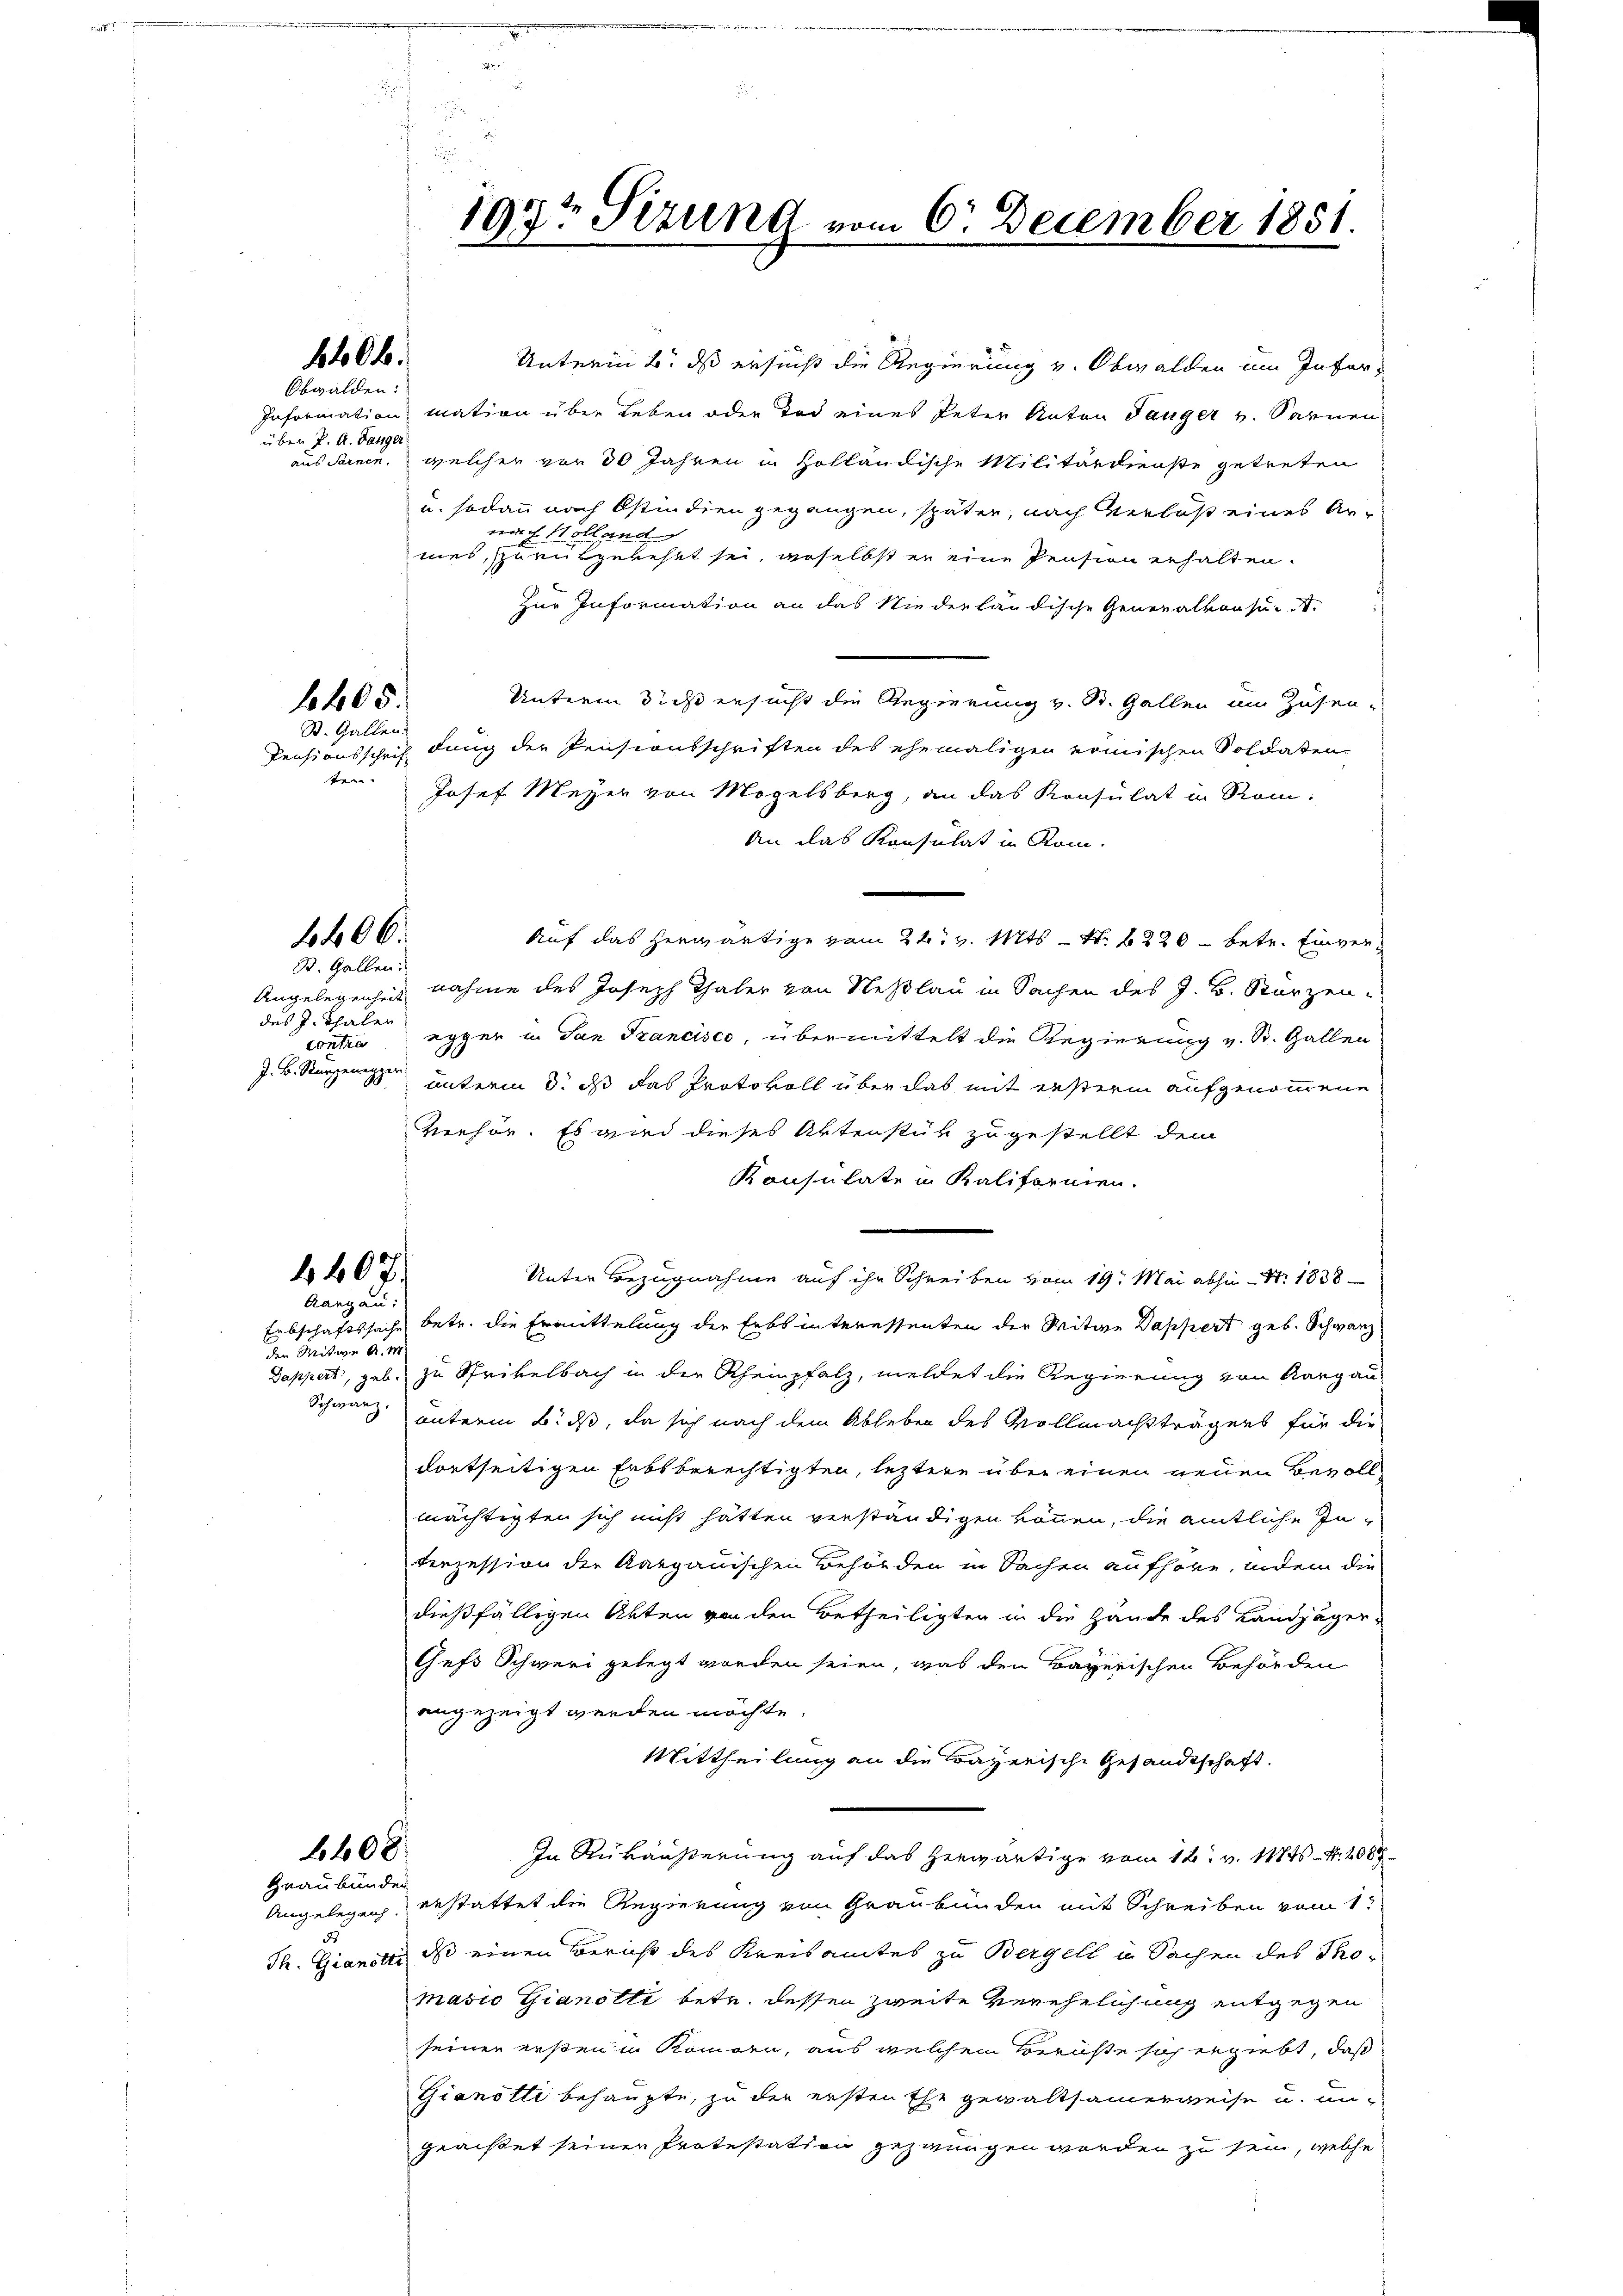
1406.
Obwalden:

über P. A. Danger

f 400
St. Gallen.

Preen |

6400.
St. Gallen:

Angelegenheit
des J. Thaler
Contra
J. B. Sturzenegger

Unterin u. dß ersucht die Regierung v. Obwalden im Infer¬
Information mation über Leben oder Tod eines Peter Anton Tanger v. Sarnen
aus Sanen, welcher vor 30 Jahren in Holländische Militärdienste getreten
u. sodann nach Ostindien gegangen, später, nach Verlaß eines Arper  Holland
mes, zurükgekehrt sei, woselbst er eine Pension erhalten.
zur Information an das Niederländische Generalkonseit
Unterm 3. ds ersucht die Regierung v. St. Gallen im Zusen-
Pensionsschrif dung der Pensionsschriften des ehemaligen komischen Soldaten,
Josef Meyer von Mögelsberg, an das Konsulat in Rom
An das Konsulat in Rom.
Auf das herwärtige vom 24. v. Mts. — S. 220 - betr. Einvernahme des Joseph Thaler von Neßlau in Sachen des J. B. Sturzen
egger in San Francisco, übermittelt die Regierung v. St. Gallen
unterm 8. ds das Protokoll über das mit ersterm aufgenommene
verhör. Es wird dieses Aktenstük zugestellt dem
Konsulate in Kaliformen.
4407.
Unter Bezugnahme auf ihr Schreiben vom 19. Mai abhin Nr. 1838
Aargau:
Erbschaftssache betr. die Ermittelung der Erbs interessenten der Witwe Dappert geb. Schwanz
der Witwe A. M
Dappert, geb. zu Privelbach in der Rheinpfalz, meldet die Regierung von Aargau
Schwarz.
unterm B. dß, da sich nach dem Ableben des Vollmachtträgers für die
dortseitigen Erbsberechtigten, leztere über einen neuen Bevollmächtigten sich nicht hätten verständigen können, die amtliche Interzession der Aargauischen Behörden in Sachen aufhöre, indem die
dießfälligen Akten von den Betheiligten in die Hände des Landjäger-
Gefs Schweri gelegt worden seien, was den Bayerischen Behörden
angezeigt werden möchte.
Mittheilung an die Bayerische Gesandtschaft.
6608
In Rükäußerung auf das herwärtige vom 12. v. 1884 - 4. 1087.
Graubünde
erstattet die Regierung von Graubünden mit Schreiben vom 1
Angelegenh
8
Th. Gianstei, das einen Bericht des Kreisamtes zu Bergell in Sachen des Thomasio Gianotti betr. dessen zweite Verehelichung entgegen
seiner ersten in Kommorn, aus welchem Berichte sich ergiebt, daß
Gianotte behaupte, zu der ersten Ehe gewaltsamerweise u. ungeaistet seiner Protestation gezwungen worden zu sein, welche

197t Sizung vom 6. December 1851.